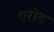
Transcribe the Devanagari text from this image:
एरोड